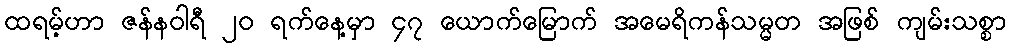
ထရမ့်ဟာ ဇန်နဝါရီ ၂၀ ရက်နေ့မှာ ၄၇ ယောက်မြောက် အမေရိကန်သမ္မတ အဖြစ် ကျမ်းသစ္စာ